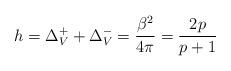
LaTeX: \begin{align*}h=\Delta ^{+}_{V}+\Delta ^{-}_{V}=\displaystyle\frac{\beta ^{2}}{4\pi }=\displaystyle\frac{2p}{p+1}\end{align*}